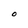
Character: O